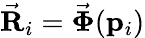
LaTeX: \vec{\mathbf R}_{i}=\vec{\boldsymbol{\Phi}}({\mathbf p}_{i})